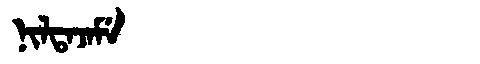
Manchu: ᠨᡳᠯᡨᠠᠵᠠᠮᡝ
Romanization: NILTAJAME